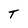
Character: T